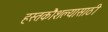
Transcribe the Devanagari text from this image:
हस्तकौशल्यासाठी